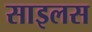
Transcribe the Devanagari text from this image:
साइलस